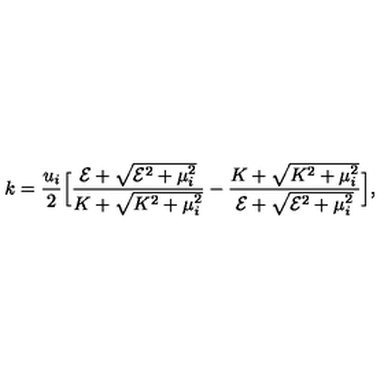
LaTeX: k = { \frac { u _ { i } } { 2 } } \Big [ { \frac { { \cal E } + \sqrt { { \cal E } ^ { 2 } + \mu _ { i } ^ { 2 } } } { K + \sqrt { K ^ { 2 } + \mu _ { i } ^ { 2 } } } } - { \frac { K + \sqrt { K ^ { 2 } + \mu _ { i } ^ { 2 } } } { { \cal E } + \sqrt { { \cal E } ^ { 2 } + \mu _ { i } ^ { 2 } } } } \Big ] ,